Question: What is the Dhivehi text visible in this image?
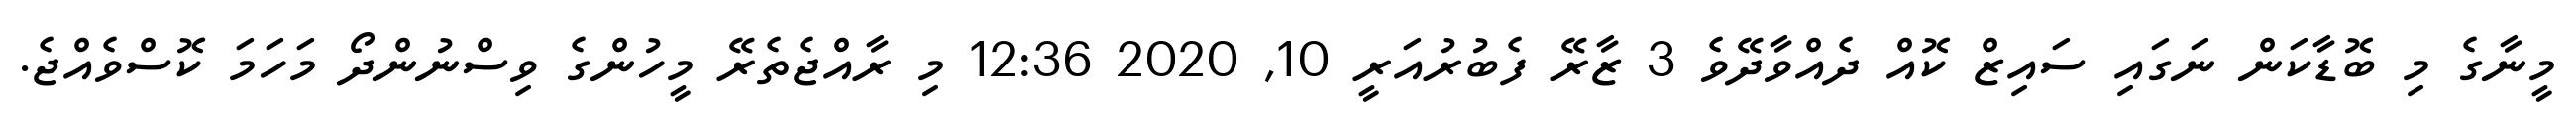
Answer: މީނާގެ މި ބޮޑާކަން ނަގައި ސައިޒް ކޮއް ދެއްވާދޭވެ 3 ޒާރޭ ފެބުރުއަރީ 10, 2020 12:36 މި ރާއްޖެތެރޭ މީހުންގެ ވިސްނުންދޯ މަހަމަ ކޮސްވެއްޖެ.